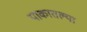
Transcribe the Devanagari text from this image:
पाकातल्या